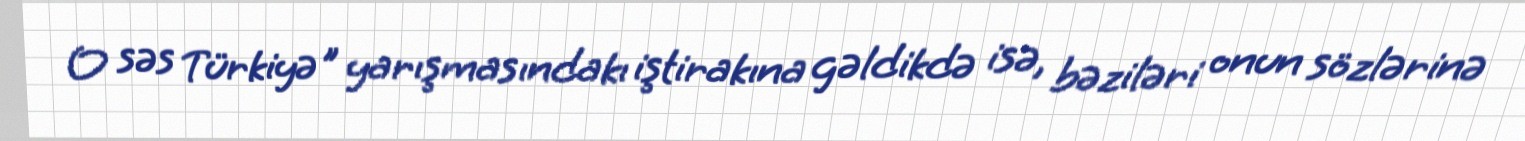
O səs Türkiyə" yarışmasındakı iştirakına gəldikdə isə, bəziləri onun sözlərinə